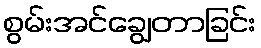
စွမ်းအင်ချွေတာခြင်း